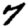
Digit: 7